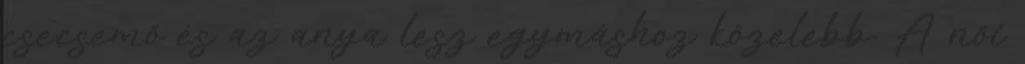
csecsemő és az anya lesz egymáshoz közelebb. A női